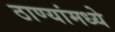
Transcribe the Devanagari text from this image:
ठाण्यांमध्ये